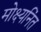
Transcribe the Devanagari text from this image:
मोक्ष्यनिंत